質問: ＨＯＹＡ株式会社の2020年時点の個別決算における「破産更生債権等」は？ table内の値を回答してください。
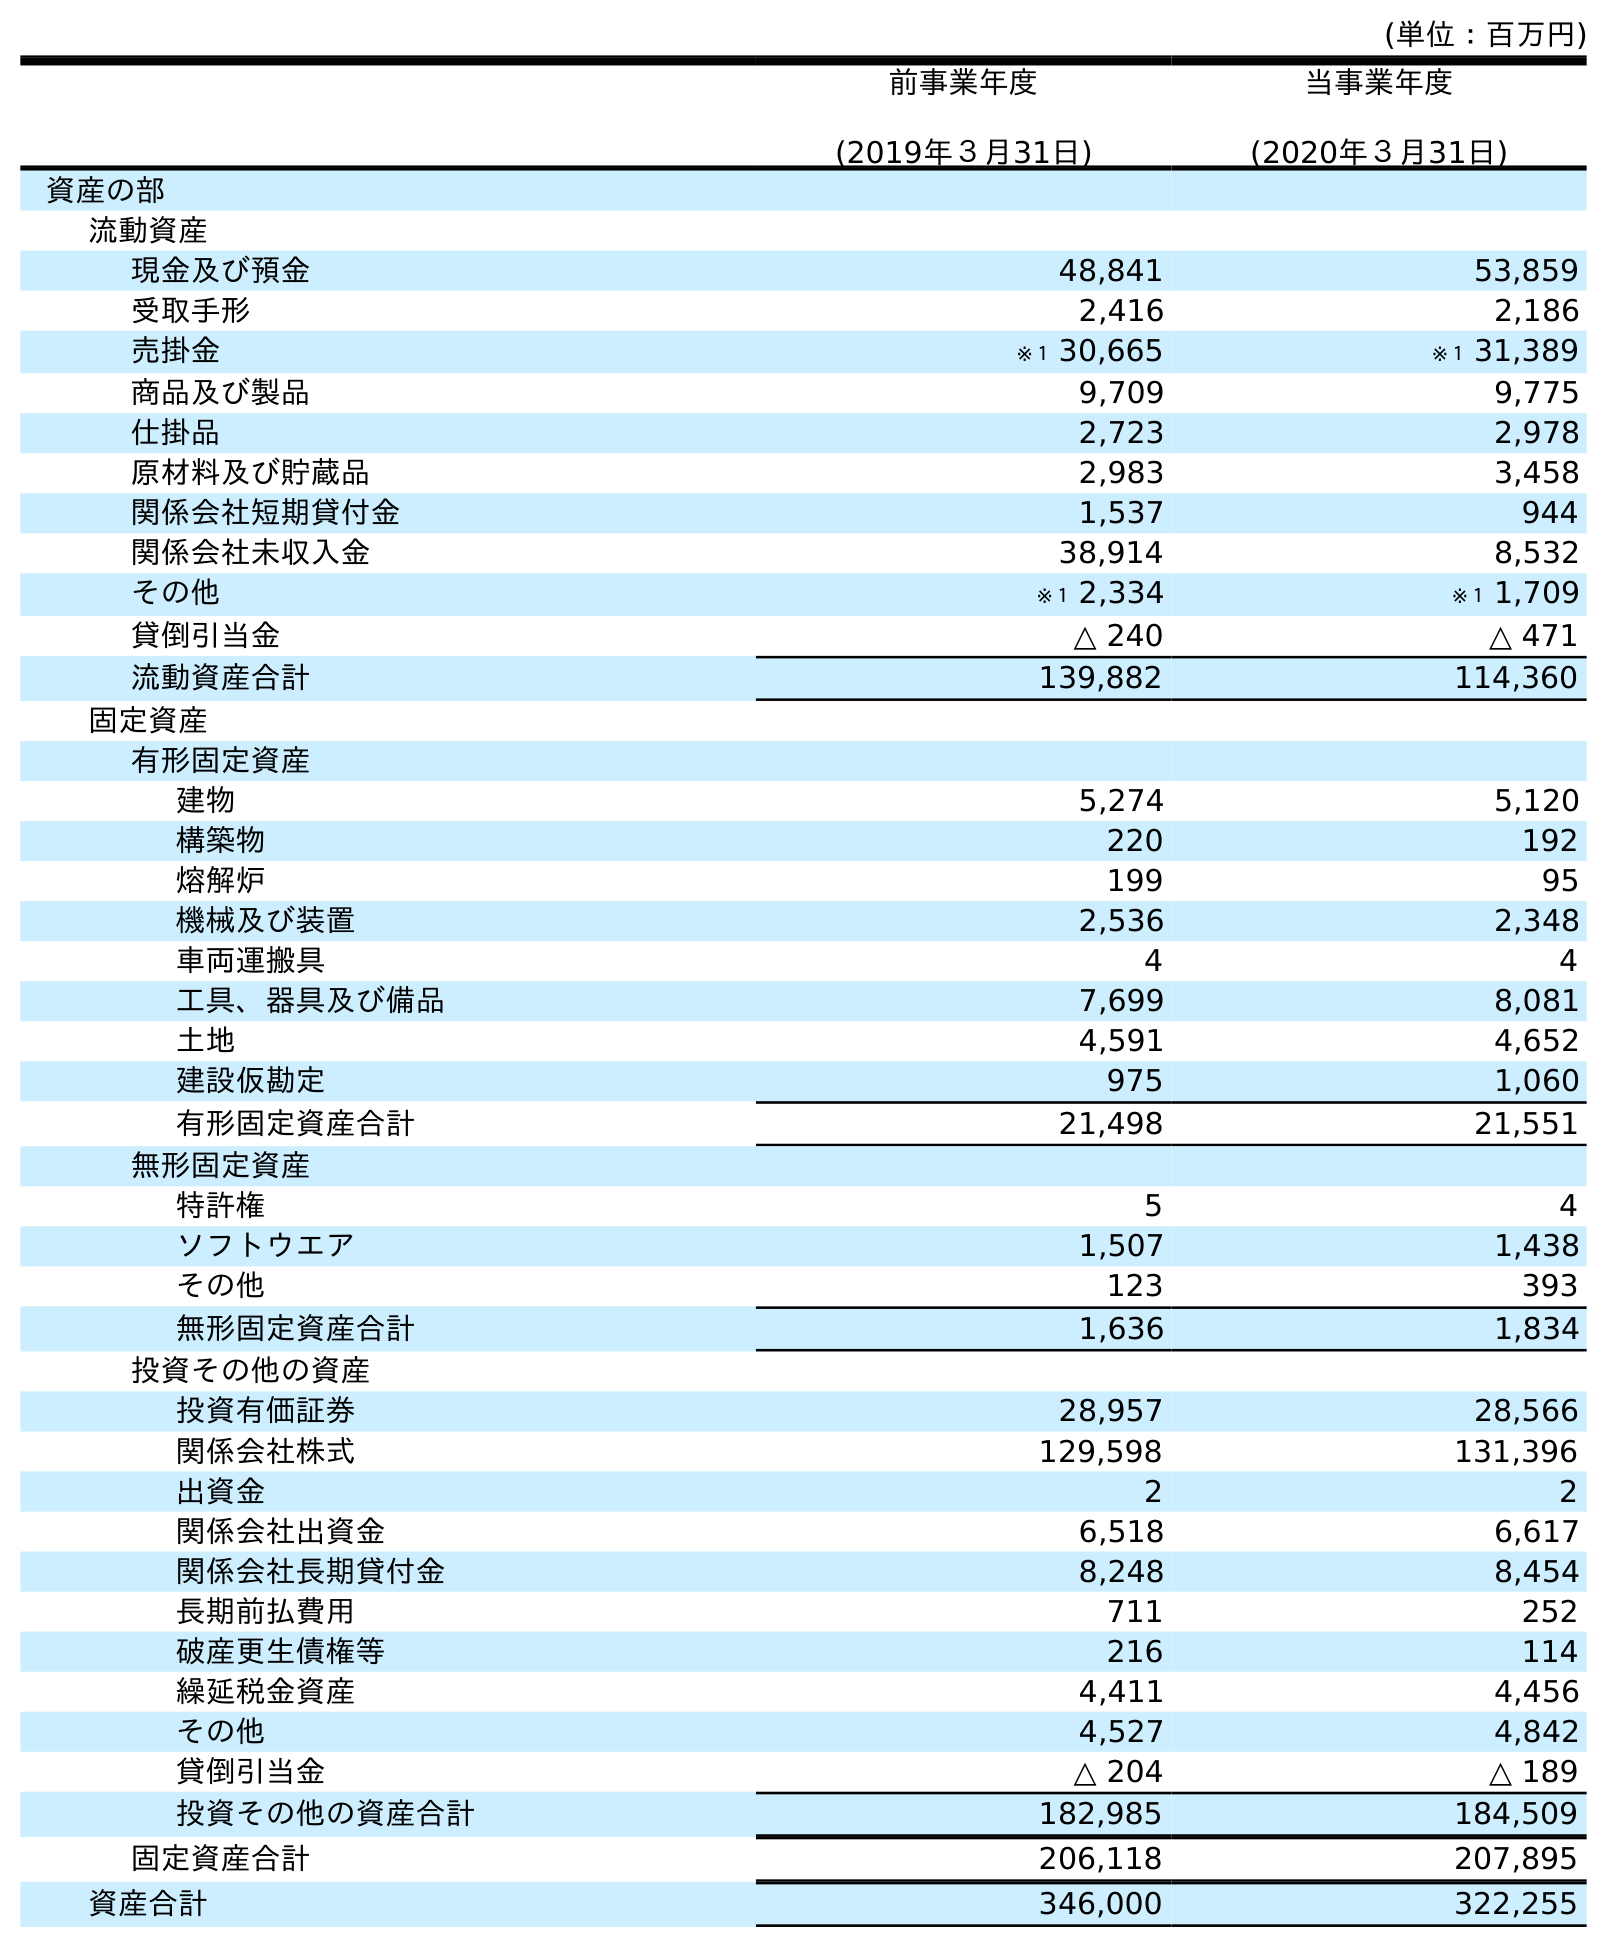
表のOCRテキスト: (単位：百万円) 前事業年度 (2019年３月31日) 当事業年度 (2020年３月31日) 資産の部 流動資産 現金及び預金 48,841 53,859 受取手形 2,416 2,186 売掛金 ※１ 30,665 ※１ 31,389 商品及び製品 9,709 9,775 仕掛品 2,723 2,978 原材料及び貯蔵品 2,983 3,458 関係会社短期貸付金 1,537 944 関係会社未収入金 38,914 8,532 その他 ※１ 2,334 ※１ 1,709 貸倒引当金 △ 240 △ 471 流動資産合計 139,882 114,360 固定資産 有形固定資産 建物 5,274 5,120 構築物 220 192 熔解炉 199 95 機械及び装置 2,536 2,348 車両運搬具 4 4 工具、器具及び備品 7,699 8,081 土地 4,591 4,652 建設仮勘定 975 1,060 有形固定資産合計 21,498 21,551 無形固定資産 特許権 5 4 ソフトウエア 1,507 1,438 その他 123 393 無形固定資産合計 1,636 1,834 投資その他の資産 投資有価証券 28,957 28,566 関係会社株式 129,598 131,396 出資金 2 2 関係会社出資金 6,518 6,617 関係会社長期貸付金 8,248 8,454 長期前払費用 711 252 破産更生債権等 216 114 繰延税金資産 4,411 4,456 その他 4,527 4,842 貸倒引当金 △ 204 △ 189 投資その他の資産合計 182,985 184,509 固定資産合計 206,118 207,895 資産合計 346,000 322,255
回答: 114